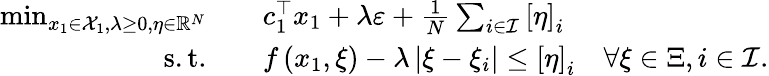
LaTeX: \begin{array}{rl}{\operatorname*{min}_{x_{1}\in{\mathcal X}_{1},\lambda\geq 0,\eta\in{\mathbb R}^{N}}\quad}&{c_{1}^{\top}x_{1}+\lambda\varepsilon+\frac{1}{N}\sum_{i\in{\mathcal I}}\left[\eta\right]_{i}}\\ {\mathrm{s.t.}\quad}&{f\left(x_{1},{\xi}\right)-\lambda\left\lvert\xi-{\xi}_{i}\right\rvert\leq\left[\eta\right]_{i}\quad\forall{\xi}\in{\Xi},i\in{\mathcal I}.}\end{array}